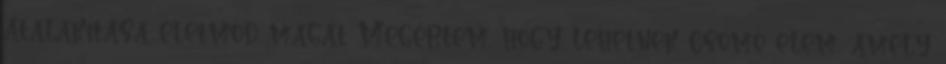
átalakítása életmód magát Megértem, hogy lehetnek csomó elem, amely